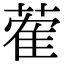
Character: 蒮